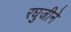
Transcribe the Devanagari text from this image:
रघुजीने